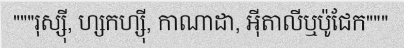
"""រុស្ស៊ី, ហ្សកហ្ស៊ី, កាណាដា, អ៊ីតាលីឬប៉ូជែក"""